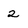
Character: 2